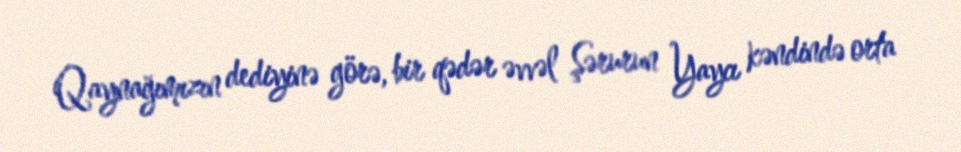
Qaynağımızın dediyinə görə, bir qədər əvvəl Şərurun Yaycı kəndində orta